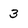
Character: 3